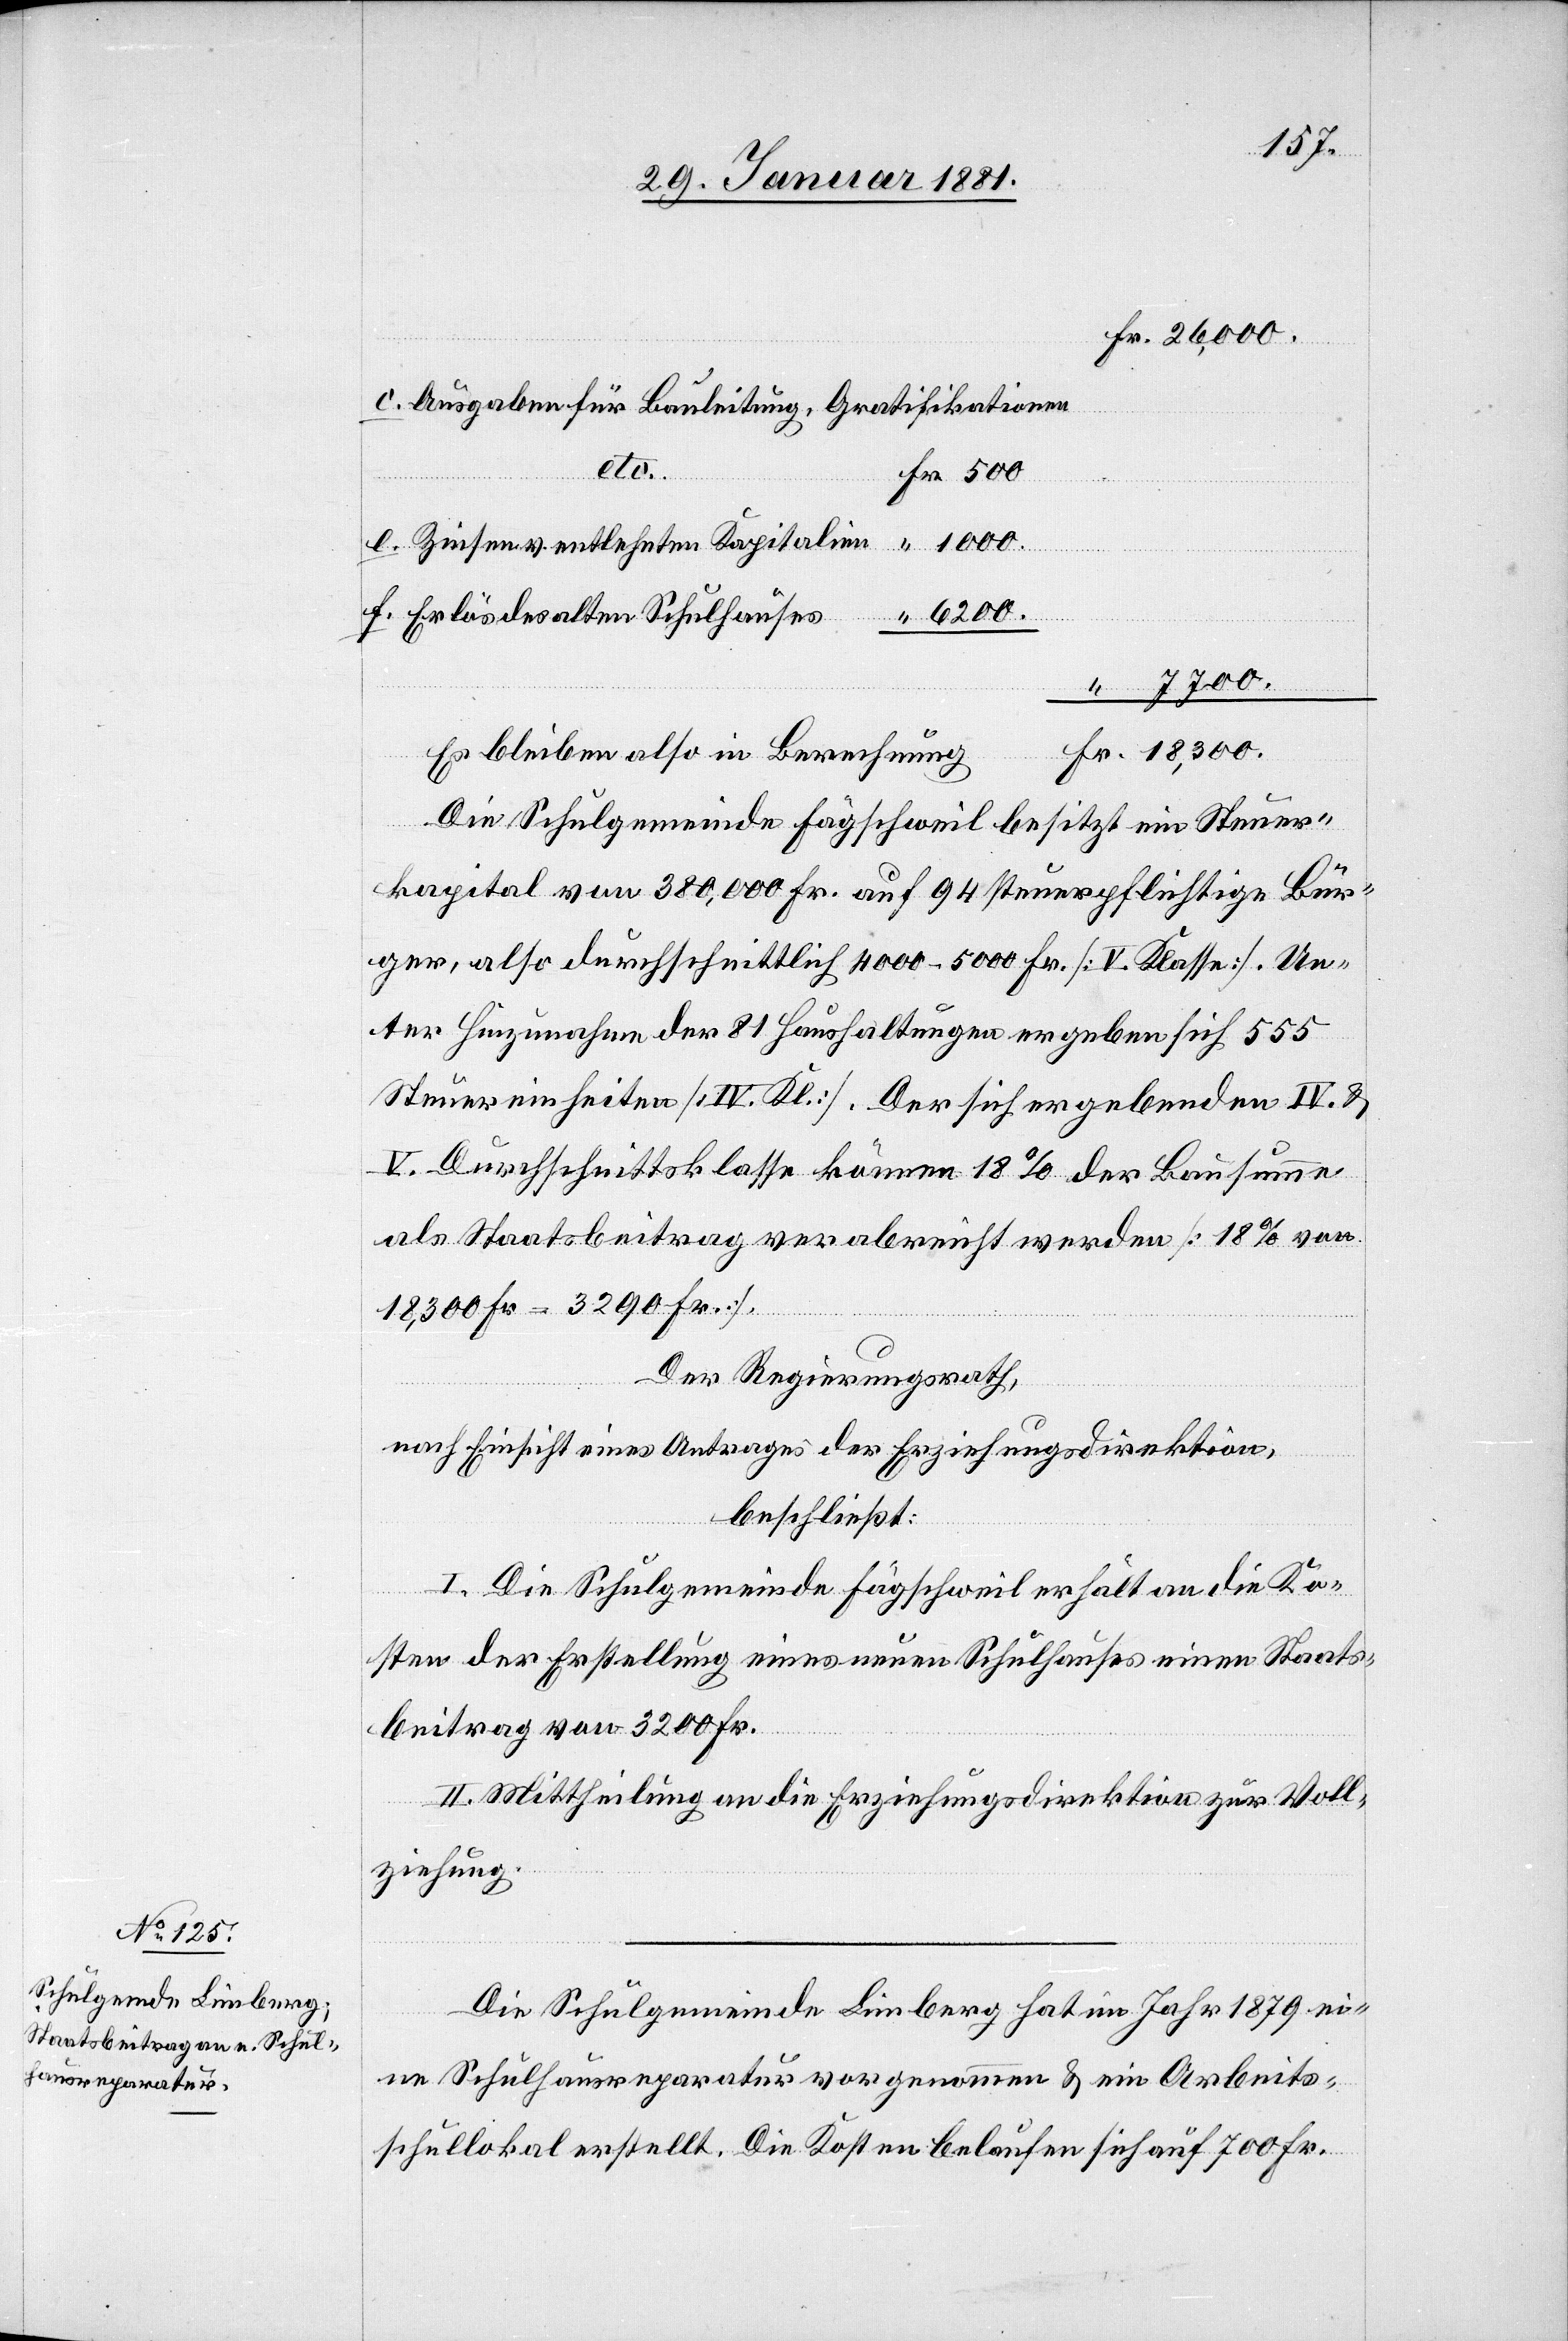
18,300.
Ausgaben für Bauleitung, Gratifikationen
6200.
alten Schulhauses
Fr.
7700.
Es bleiben also in Berechnung
Die Schulgemeinde Fägschweil besitzt ein Steuer¬
kapital von 380,000 Fr. auf 94 steuerpflichtige Bür¬
ger, also durchschnittlich 4000–5000 Fr. [V. Klasse].j Un¬
ter Hinzunahme der 81 Haushaltungen ergeben sich 555
Steuereinheiten [IV. Kl.]. Der sich ergebenden IV. &
V. Durchschnittsklasse können 18% der Bausumme
als Staatsbeitrag verabreicht werden [18% von
18,300 Fr. = 3290 Fr.].
Der Regierungsrath,
nach Einsicht eines Antrages der Erziehungsdirektion,
beschließt:
“
I. Die Schulgemeinde Fägschweil erhält an die Ko¬
sten der Erstellung eines neuen Schulhauses einen Staats¬
beitrag von 3200 Fr.
II. Mittheilung an die Erziehungsdirektion zur Voll¬
ziehung.
Die Schulgemeinde Limberg hat im Jahr 1879 ei¬
ne Schulhausreparatur vorgenommen & ein Arbeits¬
schullokal erstellt. Die Kosten belaufen sich auf 700 Fr.